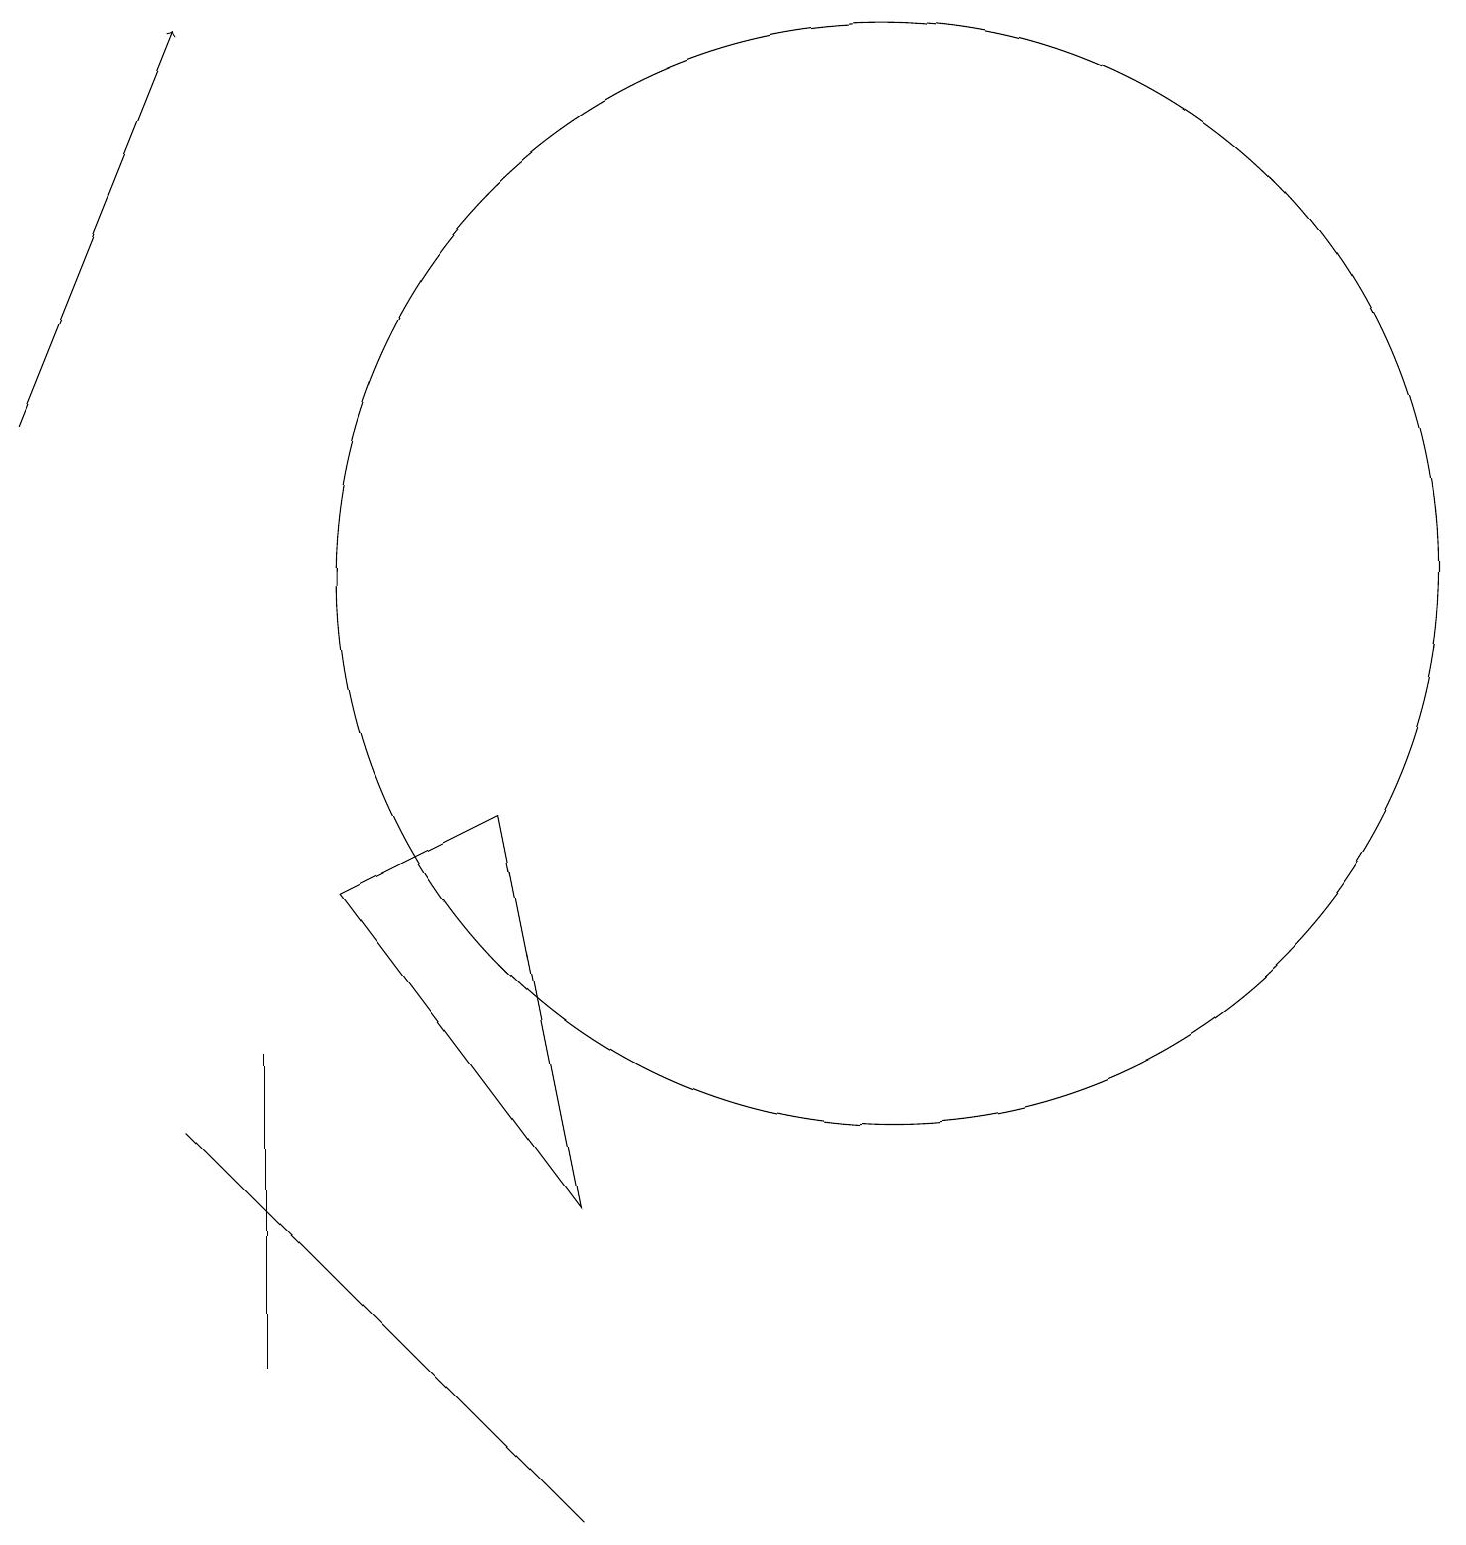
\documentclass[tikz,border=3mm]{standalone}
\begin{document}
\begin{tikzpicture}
\draw (3,6) -- (3,5) -- (3,2) -- cycle;
\draw[->] (0,14) -- (2,19);
\draw (2,5) -- (7,0) -- (6,1) -- cycle;
\draw (6,9) -- (4,8) -- (7,4) -- cycle;
\draw (11,12) circle (7);
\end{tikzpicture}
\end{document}